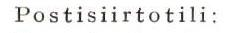
Postisiirtotili: